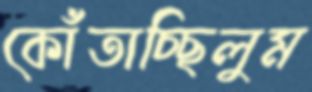
কোঁতাচ্ছিলুম